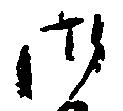
御